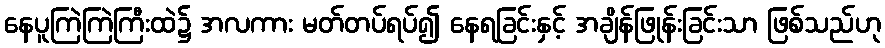
နေပူကြဲကြဲကြီးထဲ၌ အလကား မတ်တပ်ရပ်၍ နေရခြင်းနှင့် အချိန်ဖြုန်းခြင်းသာ ဖြစ်သည်ဟု